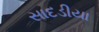
સાદડીયા